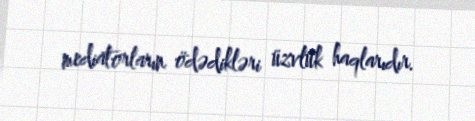
mediatorların ödədikləri üzvlük haqlarıdır.